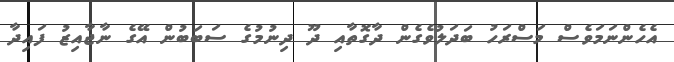
އެހެންނަމަވެސް މަސްރަހު ބަދަލުވެގެން ދާގޮތާއި ދޫ ދިނުމުގެ ސަބަބުން އޭގެ ނާޖާއިޒު ފައިދާ